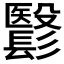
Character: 𩮵